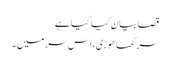
قصا بیان کیا گیا ہے
سر کھاھوڑی، اس سر میں ۔